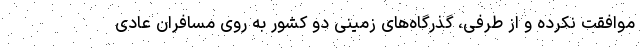
موافقت نکرده و از طرفی، گذرگاه‌های زمینی دو کشور به روی مسافران عادی